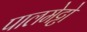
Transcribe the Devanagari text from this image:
पालमेट्टो